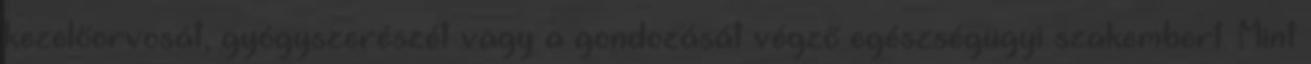
kezelőorvosát, gyógyszerészét vagy a gondozását végző egészségügyi szakembert. Mint